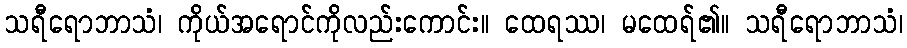
သရီရောဘာသံ၊ ကိုယ်အရောင်ကိုလည်းကောင်း။ ထေရဿ၊ မထေရ်၏။ သရီရောဘာသံ၊